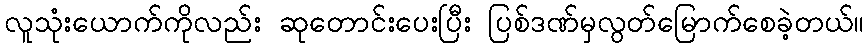
လူသုံးယောက်ကိုလည်း ဆုတောင်းပေးပြီး ပြစ်ဒဏ်မှလွတ်မြောက်စေခဲ့တယ်။